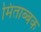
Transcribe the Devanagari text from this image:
मिताब्बक